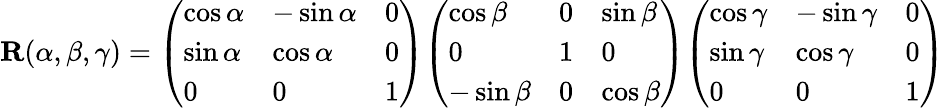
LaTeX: \mathbf{R}(\alpha,\beta,\gamma)={\left(\begin{array}{lll}{\cos\alpha}&{-\sin\alpha}&{0}\\ {\sin\alpha}&{\cos\alpha}&{0}\\ {0}&{0}&{1}\end{array}\right)}{\left(\begin{array}{lll}{\cos\beta}&{0}&{\sin\beta}\\ {0}&{1}&{0}\\ {-\sin\beta}&{0}&{\cos\beta}\end{array}\right)}{\left(\begin{array}{lll}{\cos\gamma}&{-\sin\gamma}&{0}\\ {\sin\gamma}&{\cos\gamma}&{0}\\ {0}&{0}&{1}\end{array}\right)}